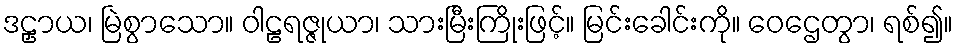
ဒဠှာယ၊ မြဲစွာသော။ ဝါဠရဇ္ဇုယာ၊ သားမြီးကြိုးဖြင့်။ မြင်းခေါင်းကို။ ဝေဌေတွာ၊ ရစ်၍။